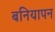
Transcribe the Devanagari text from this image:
बनियापन